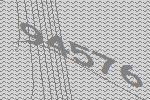
94576